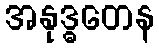
အနုဒ္ဓတေန